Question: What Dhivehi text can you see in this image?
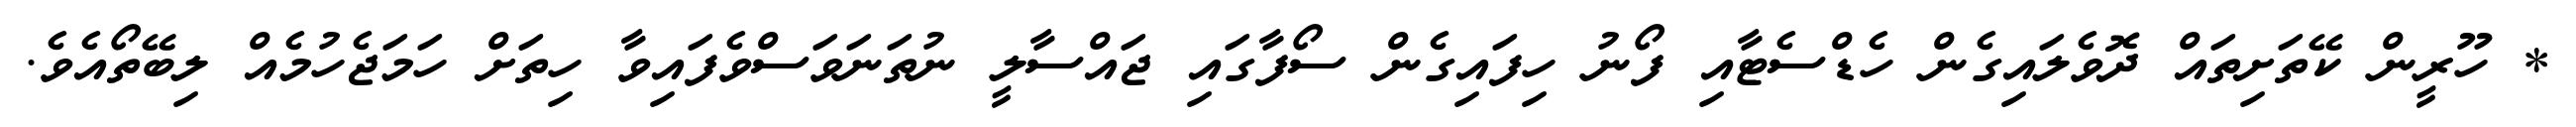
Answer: * ހޫރީން ކޭތަށިތައް ދޮވެލައިގެން ހެޑްސެޓާއި ފޯނު ހިފައިގެން ސޯފާގައި ޖައްސާލީ ނުތަނަވަސްވެފައިވާ ހިތަށް ހަމަޖެހުމެއް ލިބޭތޯއެވެ.